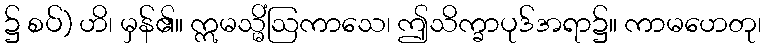
၌ စပ်) ဟိ၊ မှန်၏။ ဣမသ္မိံဩကာသေ၊ ဤသိက္ခာပုဒ်အရာ၌။ ကာမဟေတု၊